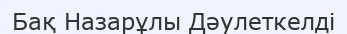
Бақ Назарұлы Дәулеткелді